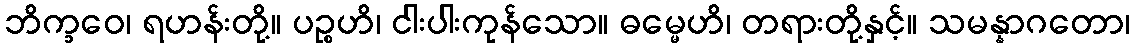
ဘိက္ခဝေ၊ ရဟန်းတို့။ ပဉ္စဟိ၊ ငါးပါးကုန်သော။ ဓမ္မေဟိ၊ တရားတို့နှင့်။ သမန္နာဂတော၊